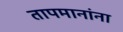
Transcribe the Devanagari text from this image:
तापमानांना